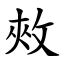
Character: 㪎